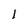
Character: 1